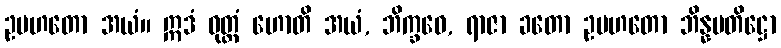
ဥပဟတော အယံ။ ဣဒံ ဝုတ္တံ ဟောတိ အယံ, ဘိက္ခဝေ, ရာဇာ ခတော ဥပဟတော ဘိန္နပတိဋ္ဌော